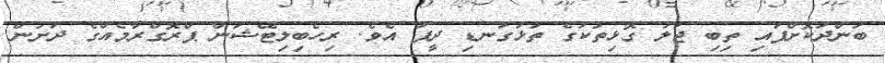
ބަންދުކޮށްފައި ތިބި ޖަލު ގޮޅިތަކުގެ ތަޅުގަނޑި ދީފަ އެވެ. ރިހެބިލިޓޭޝަން ޕްރޮގްރާމެއްގެ ދަށުން